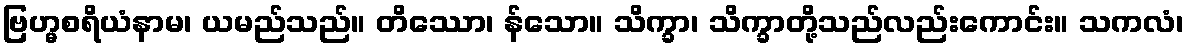
ဗြဟ္မစရိယံနာမ၊ ယမည်သည်။ တိဿော၊ န်သော။ သိက္ခာ၊ သိက္ခာတို့သည်လည်းကောင်း။ သကလံ၊